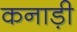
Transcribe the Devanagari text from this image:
कनाड़ी